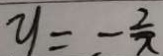
y = - \frac { 2 } { \pi }